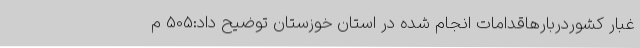
غبار کشوردربارهاقدامات انجام شده در استان خوزستان توضیح داد:505 م